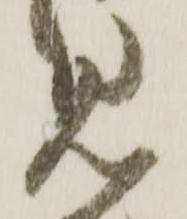
見